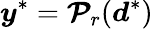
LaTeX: \boldsymbol{y}^{*}=\boldsymbol{\mathcal{P}}_{r}(\boldsymbol{d}^{*})